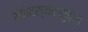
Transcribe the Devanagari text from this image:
संकेतस्थळसुद्धा